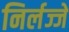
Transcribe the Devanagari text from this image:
निर्लज्जे